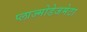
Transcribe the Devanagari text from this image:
प्लाज्मोडेजमेटा